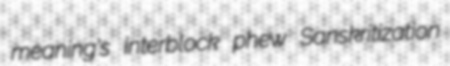
meaning's interblock phew Sanskritization